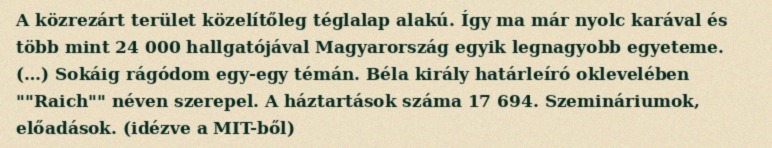
A közrezárt terület közelítőleg téglalap alakú. Így ma már nyolc karával és több mint 24 000 hallgatójával Magyarország egyik legnagyobb egyeteme. (…) Sokáig rágódom egy-egy témán. Béla király határleíró oklevelében ""Raich"" néven szerepel. A háztartások száma 17 694. Szemináriumok, előadások. (idézve a MIT-ből)